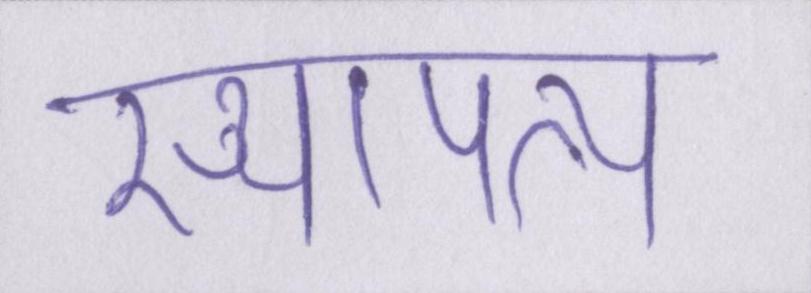
स्थापत्य